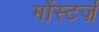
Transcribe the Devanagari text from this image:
मोंस्टर्ज़